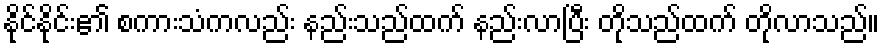
နိုင်နိုင်း၏ စကားသံကလည်း နည်းသည်ထက် နည်းလာပြီး တိုသည်ထက် တိုလာသည်။